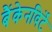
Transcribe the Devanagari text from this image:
बैंकेनविर्टे